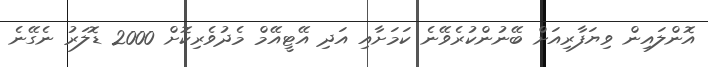
އޮންލައިން ވިޔަފާރިއަށް ބޭނުންކުރެވޭނެ ކަމަށާއި އަދި އޭޓީއޭމް މެދުވެރިކޮށް 2000 ޑޮލަރު ނެގޭނެ